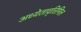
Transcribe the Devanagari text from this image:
अध्येतावृत्तिमिल